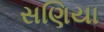
સણિયા